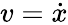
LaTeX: v={\dot{x}}